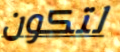
لتكون